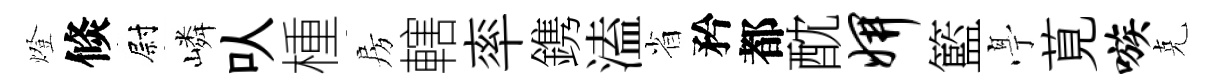
燈倐尉嶙㕥㮔房轄率鎸溘省矜都酖妍籃𠅘莧嗾克